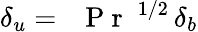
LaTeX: \delta_{u}=\mathrm{~\textit~{~P~r~}~}^{1/2}\, \delta_{b}